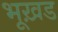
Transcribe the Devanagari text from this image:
भूख़ड